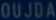
OUJDAN